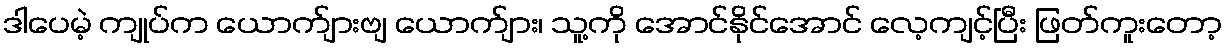
ဒါပေမဲ့ ကျုပ်က ယောက်ျားဗျ ယောက်ျား၊ သူ့ကို အောင်နိုင်အောင် လေ့ကျင့်ပြီး ဖြတ်ကူးတော့